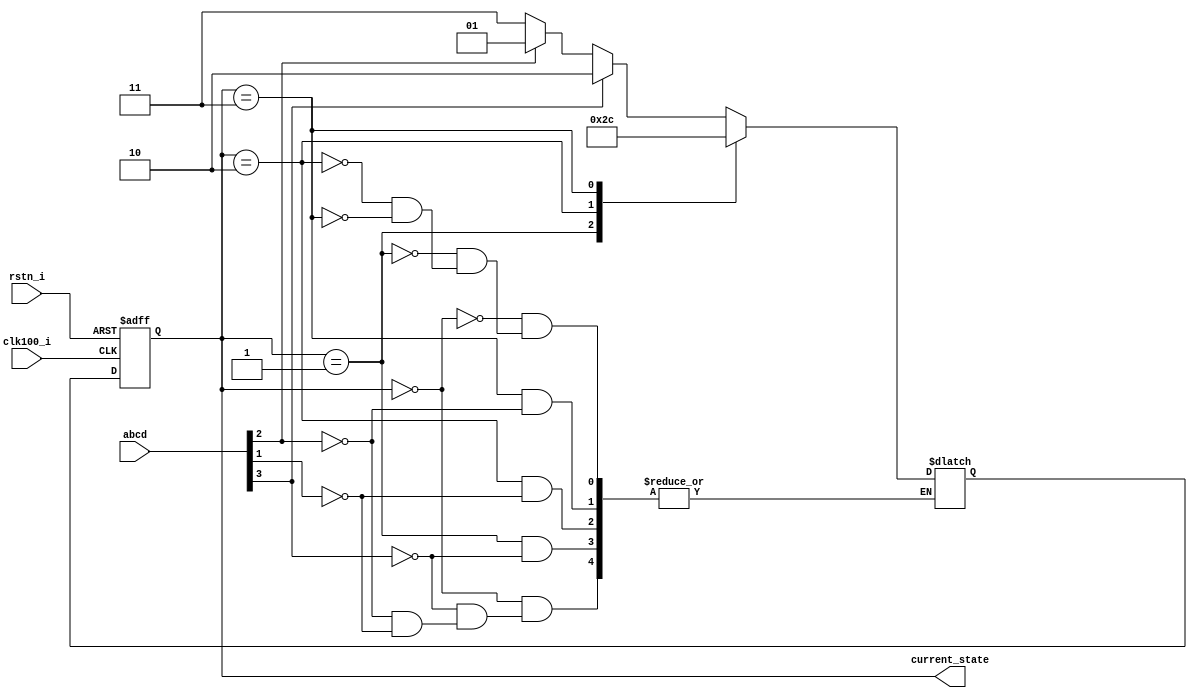
module finite_state_machine(
    input               clk100_i,
    input       [3:0]   abcd,
    input               rstn_i,
    output reg  [1:0]   current_state
);

localparam FIRST_STATE  = 2'b00;
localparam SECOND_STATE = 2'b01;
localparam THIRD_STATE  = 2'b10;
localparam FOURTH_STATE = 2'b11;

wire a,b,c,d;

assign a = abcd[3];
assign b = abcd[2];
assign c = abcd[1];
assign d = abcd[0];

reg [1:0] next_state = 0;
//State machine
always @( * ) begin
    case( current_state )
        FIRST_STATE  :  if ( a )      next_state <= THIRD_STATE;
                        else if ( b ) next_state <= SECOND_STATE;
                        else if ( c ) next_state <= FOURTH_STATE;
        SECOND_STATE :  if ( a )      next_state <= THIRD_STATE;
        THIRD_STATE  :  if ( c )      next_state <= FOURTH_STATE;
        FOURTH_STATE :  if ( b )      next_state <= FIRST_STATE;
        default      :  next_state <= FIRST_STATE;
    endcase
end

always @( posedge clk100_i or negedge rstn_i )
begin
  if( !rstn_i )  
    current_state <= FIRST_STATE;
  else
    current_state <= next_state;
end

endmodule